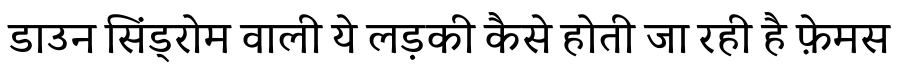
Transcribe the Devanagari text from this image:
डाउन सिंड्रोम वाली ये लड़की कैसे होती जा रही है फ़ेमस